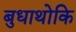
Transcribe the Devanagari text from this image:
बुधाथोकि